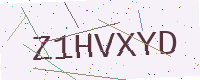
Text: Z1HVXYD